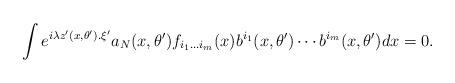
LaTeX: \begin{align*}\int e^{i\lambda z^\prime(x,\theta^\prime).\xi^\prime}a_{N}(x,\theta^\prime)f_{i_{1}\dots i_{m}}(x){b^{i_{1}}}(x,\theta^\prime)\cdots {b^{i_m}}(x,\theta^\prime)dx =0.\end{align*}